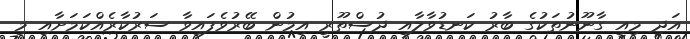
އަދި މިއީ ގާނޫނުތަކުގެ ބާރު ކަނޑުވާލާއި ދުސްތޫރީ އިމުން ބޭރުވެފައިވާ ސަރުކާރެއްކަމަށާއި މި